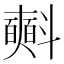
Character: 𣂏